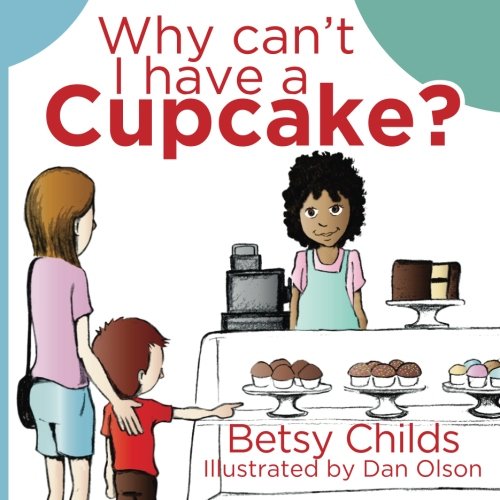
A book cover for Why Can't I Have a Cupcake?: A Book for Children with Allergies and Food Sensitivities; Betsy Childs; Health, Fitness & Dieting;